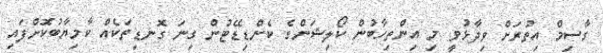
ގާސިމް އިތުރަށް ވިދާޅުވީ މި އިންތިހާބުން ކޯލިޝަންގެ ކެންޑިޑޭޓުން ގިނަ ގޮނޑިތަކެއް ކާމިޔާބުކޮށްފައި